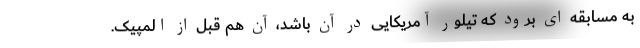
به مسابقه ای برود که تیلور آمریکایی در آن باشد، آن هم قبل از المپیک.